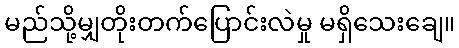
မည်သို့မျှတိုးတက်ပြောင်းလဲမှု မရှိသေးချေ။